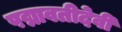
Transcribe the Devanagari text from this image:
पद्मावतीदेवी